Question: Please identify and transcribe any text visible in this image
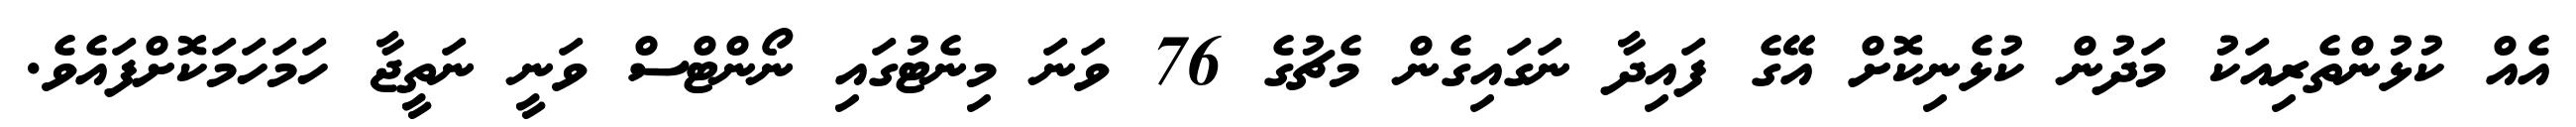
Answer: އެއް ކުޅުންތެރިއަކު މަދުން ކުޅެނިކޮށް އޭގެ ފައިދާ ނަގައިގެން މެޗުގެ 76 ވަނަ މިނެޓުގައި ނޯންޓްސް ވަނީ ނަތީޖާ ހަމަހަމަކޮށްފައެވެ.